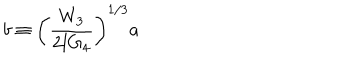
b \equiv \left( \frac { W _ { 3 } } { 2 l G _ { 4 } } \right) ^ { 1 / 3 } a